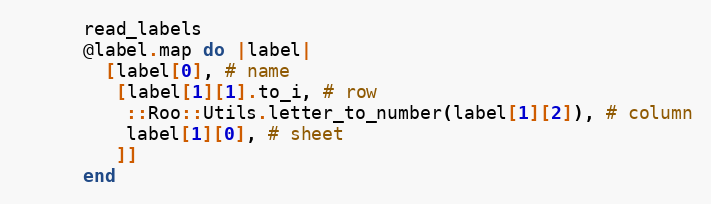
Language: Ruby
      read_labels
      @label.map do |label|
        [label[0], # name
         [label[1][1].to_i, # row
          ::Roo::Utils.letter_to_number(label[1][2]), # column
          label[1][0], # sheet
         ]]
      end